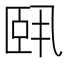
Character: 𬛣